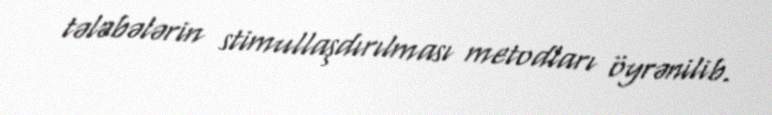
tələbələrin stimullaşdırılması metodları öyrənilib.